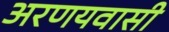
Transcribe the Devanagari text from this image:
अरणयवासी